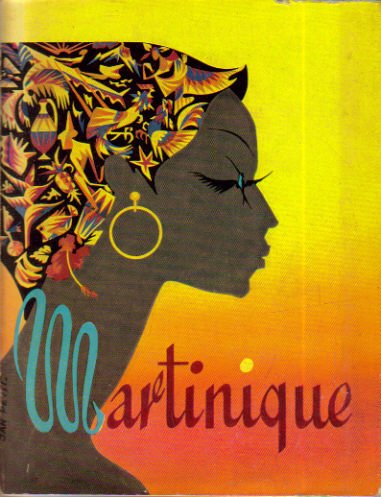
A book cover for Guide to Martinique; Christian Crabot; Travel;